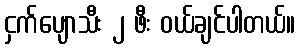
ငှက်ပျောသီး ၂ ဖီး ဝယ်ချင်ပါတယ်။